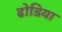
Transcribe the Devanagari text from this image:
ढोडिया